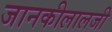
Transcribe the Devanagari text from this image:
जानकीलालजी